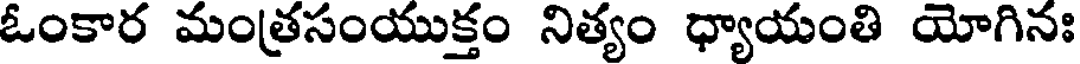
ఓంకార మంత్రసంయుక్తం నిత్యం ధ్యాయంతి యోగినః